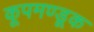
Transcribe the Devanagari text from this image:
कूपमण्डूक